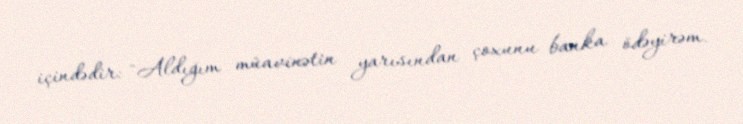
içindədir: "Aldığım müavinətin yarısından çoxunu banka ödəyirəm.